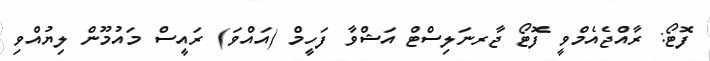
ފޮޓޯ: ރާއްޖެއެމްވީ ފޮޓޯ ޖާރނަލިސްޓް އަޝްވާ ފަހީމް (އައްވަ) ރައީސް މައުމޫން ލިޔުއްވި